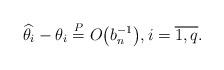
LaTeX: \begin{gather*}\widehat{\theta}_i - \theta_i \overset{P} = O\bigl(b_n^{-1}\bigr), i=\overline{1,q} .\end{gather*}